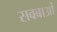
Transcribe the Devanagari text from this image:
सवबाओं